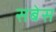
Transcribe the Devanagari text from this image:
सबेस